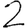
Digit: 2